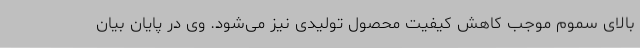
بالای سموم موجب کاهش کیفیت محصول تولیدی نیز می‌شود. وی در پایان بیان